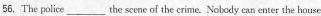
56.The police____ the scene of the crime.Nobody can enter the house